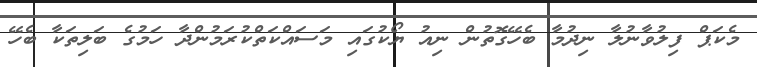
މެކަޕް ފިލުވާނުލާ ނިދުމާ ބެހޭގޮތުން ނިއު ޔޯކުގައި މަސައްކަތްކުރަމުންދާ ހަމުގެ ބަލިތަކާ ބެހޭ